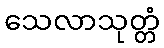
သေလာသုတ္တံ